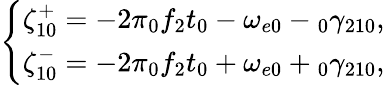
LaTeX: \left\{ \begin{array}{c}{\zeta_{10}^{+}=-2\pi\phantom{}_{0}f_{2}t_{0}-\omega_{e0}-\phantom{}_{0}\gamma_{210},}\\ {\zeta_{10}^{-}=-2\pi\phantom{}_{0}f_{2}t_{0}+\omega_{e0}+\phantom{}_{0}\gamma_{210},}\end{array}\right.